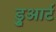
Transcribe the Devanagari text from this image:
डु्आर्ट